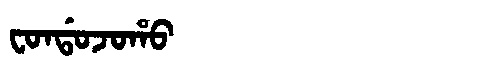
Manchu: ᠸᠣᠨᡩᠣᠵᠣᡥᠣ
Romanization: FONDOJOHO